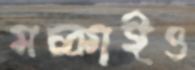
মচ্‌কাইও